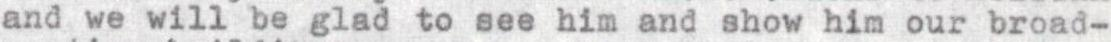
and we will be glad to see him and show him our broad-